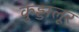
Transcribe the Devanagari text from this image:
कुड्डालूर